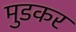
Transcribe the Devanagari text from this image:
मुडकर